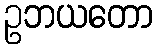
ဥဘယတော